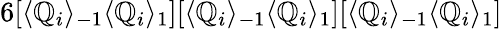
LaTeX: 6[\langle\mathbb{Q}_{i}\rangle_{-1}\langle\mathbb{Q}_{i}\rangle_{1}][\langle\mathbb{Q}_{i}\rangle_{-1}\langle\mathbb{Q}_{i}\rangle_{1}][\langle\mathbb{Q}_{i}\rangle_{-1}\langle\mathbb{Q}_{i}\rangle_{1}]